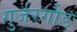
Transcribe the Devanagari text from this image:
गुर्जरगौड